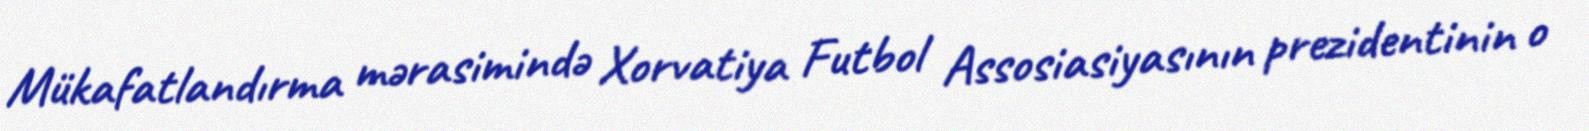
Mükafatlandırma mərasimində Xorvatiya Futbol Assosiasiyasının prezidentinin o